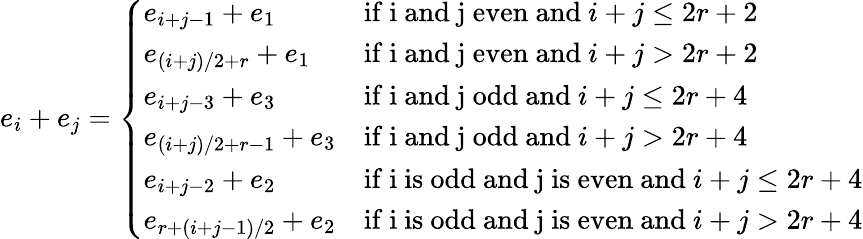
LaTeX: e_{i}+e_{j}=\left\{ \begin{array}{ll}{e_{i+j-1}+e_{1}}&{\mathrm{if~i~and~j~even~and~}i+j\leq 2r+2}\\ {e_{(i+j)/2+r}+e_{1}}&{\mathrm{if~i~and~j~even~and~}i+j>2r+2}\\ {e_{i+j-3}+e_{3}}&{\mathrm{if~i~and~j~odd~and~}i+j\leq 2r+4}\\ {e_{(i+j)/2+r-1}+e_{3}}&{\mathrm{if~i~and~j~odd~and~}i+j>2r+4}\\ {e_{i+j-2}+e_{2}}&{\mathrm{if~i~is~odd~and~j~is~even~and~}i+j\leq 2r+4}\\ {e_{r+(i+j-1)/2}+e_{2}}&{\mathrm{if~i~is~odd~and~j~is~even~and~}i+j>2r+4}\end{array}\right.